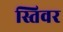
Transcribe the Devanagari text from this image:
स्तिवर